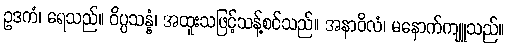
ဥဒကံ၊ ရေသည်။ ဝိပ္ပသန္နံ၊ အထူးသဖြင့်သန့်စင်သည်။ အနာဝိလံ၊ မနောက်ကျူသည်။